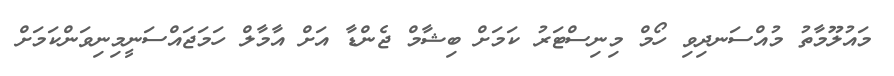
މައުލޫމާތު މުއްސަނދިވި ހޯމް މިނިސްޓަރު ކަމަށް ބިޝާމް ޖެންޑާ އަށް އާމާލް ހަމަޖައްސަނީމިނިވަންކަމަށް